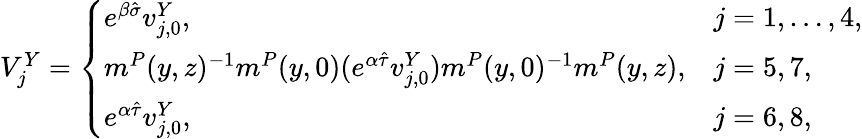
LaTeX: \begin{array}{r}{V_{j}^{Y}=\left\{ \begin{array}{ll}{e^{\beta\hat{\sigma}}v_{j,0}^{Y},}&{j=1,\dots,4,}\\ {m^{P}(y,z)^{-1}m^{P}(y,0)(e^{\alpha\hat{\tau}}v_{j,0}^{Y})m^{P}(y,0)^{-1}m^{P}(y,z),}&{j=5,7,}\\ {e^{\alpha\hat{\tau}}v_{j,0}^{Y},}&{j=6,8,}\end{array}\right.}\end{array}